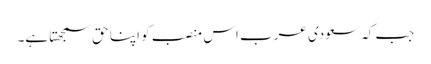
جب کہ سعودی عرب اس منصب کو اپنا حق سمجھتا ہے۔